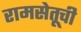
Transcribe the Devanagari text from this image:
रामसेतूची